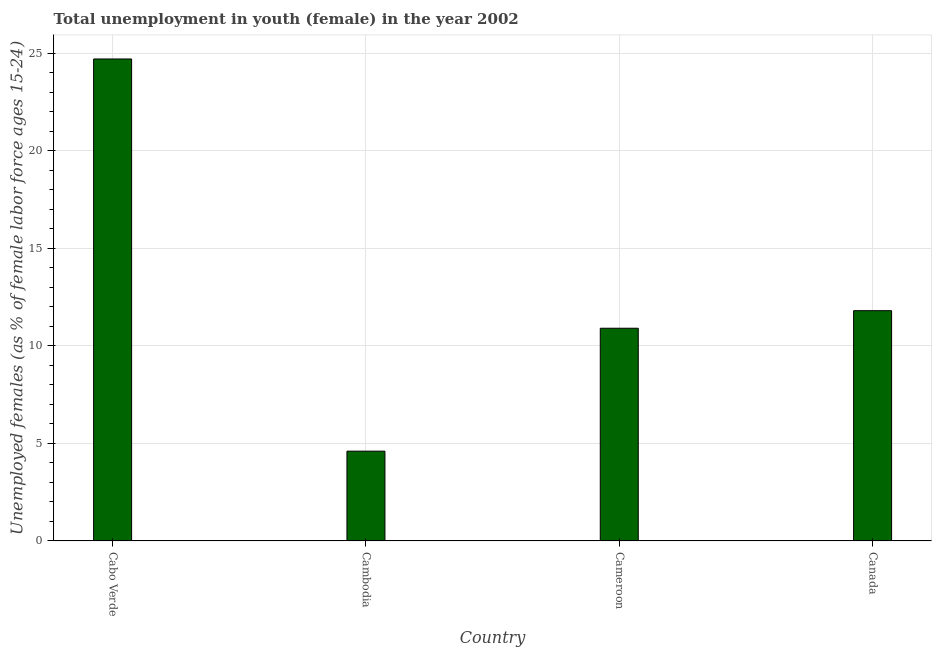
| Country | Unemployment |
 | --- | --- |
 | Cabo Verde | 24.7 |
 | Cambodia | 4.6 |
 | Cameroon | 10.9 |
 | Canada | 11.8 |